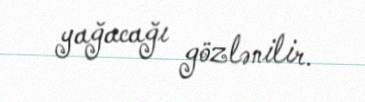
yağacağı gözlənilir.